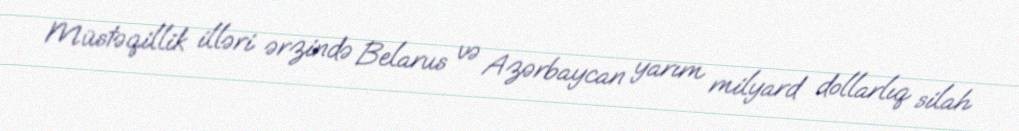
Müstəqillik illəri ərzində Belarus və Azərbaycan yarım milyard dollarlıq silah